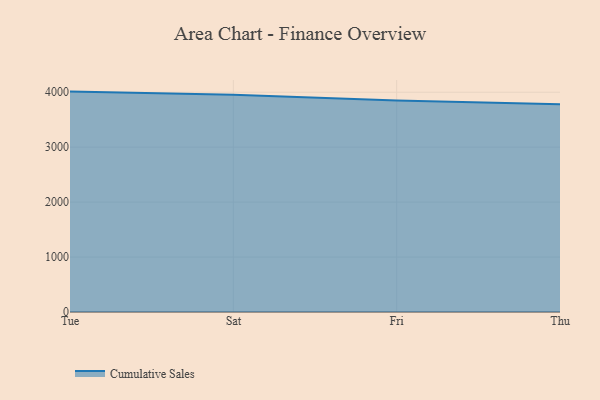
{"axis": {"x": "Day", "y": "LTV (USD)"}, "legend": ["Cumulative Sales"], "data": [{"x": "Tue", "y": 4011.3, "type": "Cumulative Sales"}, {"x": "Sat", "y": 3952.9, "type": "Cumulative Sales"}, {"x": "Fri", "y": 3848.3, "type": "Cumulative Sales"}, {"x": "Thu", "y": 3781.7, "type": "Cumulative Sales"}]}